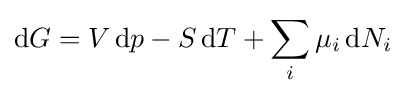
\mathrm {d} G=V\,\mathrm {d} p-S\,\mathrm {d} T+\sum _{i}\mu _{i}\,\mathrm {d} N_{i}